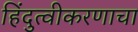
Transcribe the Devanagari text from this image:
हिंदुत्वीकरणाचा